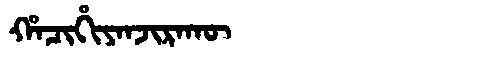
Manchu: ᡥᠠᠴᡳᡥᡳᠶᠠᠨᠵᡳᡵᠠᡴᡡ
Romanization: HACIHIYANJIRAKŪ